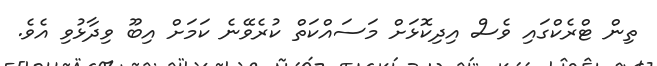
ތިން ޓްރެކްގައި ވެސް އިދިކޮޅަށް މަސައްކަތް ކުރެވޭނެ ކަމަށް އިބޫ ވިދާޅުވި އެވެ.